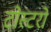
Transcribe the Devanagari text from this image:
टोस्टरों